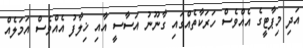
އަދި މިޕާޓީގެ އެއްވެސް ހަރަކާތެއްގައި ގާނޫނު އަސާސީ އާއި ޚިލާފު އެއްވެސް އަމަލެއް